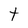
Character: t